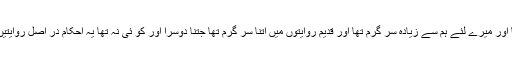
اور میں یہودی قوم کی ترقی کر رہا تھا اور میرے لئے ہم سے زیادہ سر گرم تھا اور قدیم روایتوں میں اتنا سر گرم تھا جتنا دُوسرا اور کو ئی نہ تھا یہ احکام در اصل روایتیں تھیں جو ہمیں بزرگوں سے ملی تھیں ۔